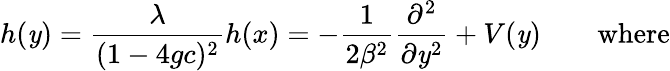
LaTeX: h(\mathit{y})={\frac{{\lambda}}{{(1-4gc)^{2}}}}h(x)=-{\frac{{1}}{{2\beta^{2}}}}{\frac{{\partial^{2}}}{{\partial\mathit{y}^{2}}}}+V(\mathit{y})\qquad\mathrm{{where}}